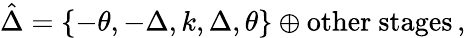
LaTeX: \hat{\Delta}=\left\{ -\theta,-\Delta,k,\Delta,\theta\right\} \oplus\mathrm{other~stages}\, ,